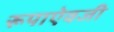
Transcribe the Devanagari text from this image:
रूपाऐवजी